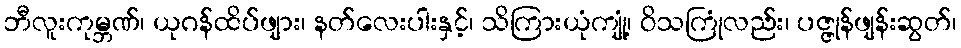
ဘီလူးကုမ္ဘဏ်၊ ယုဂန်ထိပ်ဖျား၊ နတ်လေးပါးနှင့်၊ သိကြားယုံကျုံ့၊ ဝိသကြုံလည်း၊ ပဇ္ဇုန်ဖျန်းဆွတ်၊